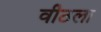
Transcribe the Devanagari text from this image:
वीठला